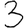
Digit: 3